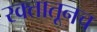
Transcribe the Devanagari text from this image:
रक्तातूनच